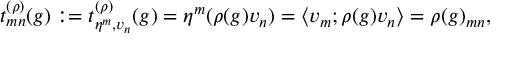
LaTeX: t _ { m n } ^ { ( \rho ) } ( g ) : = t _ { \eta ^ { m } , v _ { n } } ^ { ( \rho ) } ( g ) = \eta ^ { m } ( \rho ( g ) v _ { n } ) = \left< v _ { m } ; \rho ( g ) v _ { n } \right> = { \rho ( g ) } _ { m n } ,